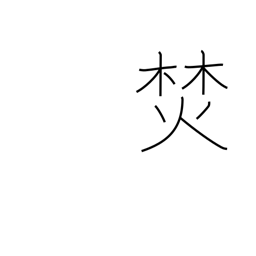
Meaning: build a fire